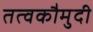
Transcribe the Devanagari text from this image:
तत्‍वकौमुदी